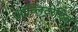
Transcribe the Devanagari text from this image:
ऑब्लिटरेटिव